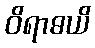
ဝိရာဓယိ